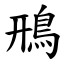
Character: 鳽